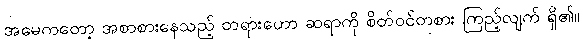
အမေကတော့ အစာစားနေသည့် တရားဟော ဆရာကို စိတ်ဝင်တစား ကြည့်လျက် ရှိ၏။